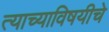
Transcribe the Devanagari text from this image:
त्याच्याविषयीचे